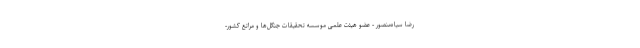
رضا سیاه‌منصور - عضو هیئت علمی موسسه تحقیقات جنگل‌ها و مراتع کشور-